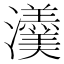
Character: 𤄾